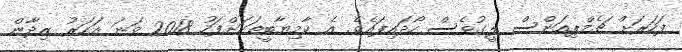
ފަހަރަށް ޗެމްޕިއަންސް ލީގުވެސް ހޯދައިފައެވެ. އެ ކާމިޔާބީތަކަށްފަހު 2018 ވަނަ އަހަރު ޒިދާން